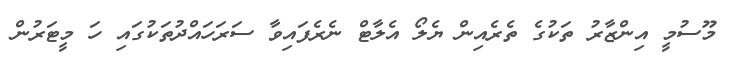
މޫސުމީ އިންޒާރު ތަކުގެ ތެރެއިން ޔެލޯ އެލާޓް ނެރެފައިވާ ސަރަހައްދުތަކުގައި ހަ މީޓަރުން